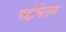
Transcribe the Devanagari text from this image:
महोमेतन